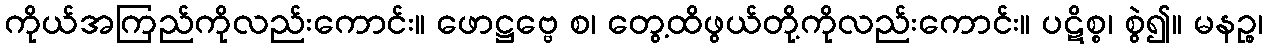
ကိုယ်အကြည်ကိုလည်းကောင်း။ ဖောဋ္ဌဗ္ဗေ စ၊ တွေ့ထိဖွယ်တို့ကိုလည်းကောင်း။ ပဋိစ္စ၊ စွဲ၍။ မနဉ္စ၊